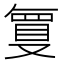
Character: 𭆶